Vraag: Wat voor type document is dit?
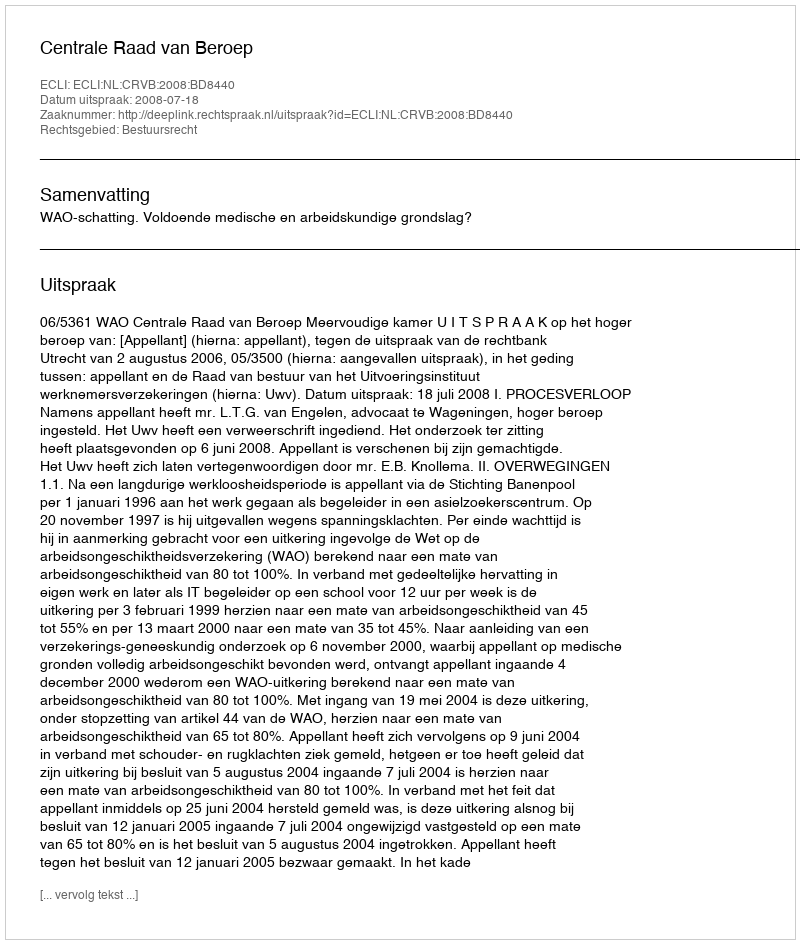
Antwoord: Uitspraak